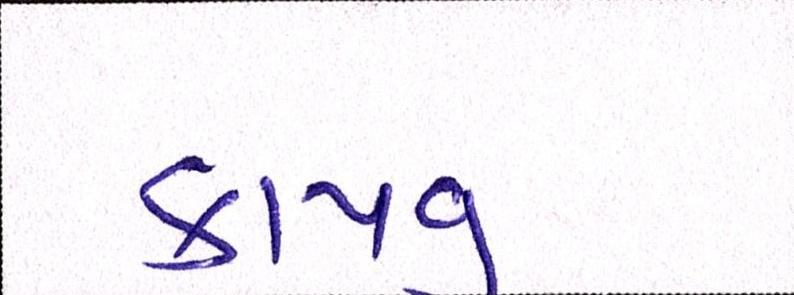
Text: કાપવુ